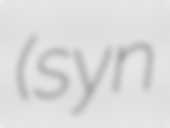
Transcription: (syn